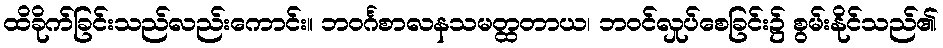
ထိခိုက်ခြင်းသည်လည်းကောင်း။ ဘဝင်္ဂစာလနသမတ္ထတာယ၊ ဘဝင်လှုပ်စေခြင်း၌ စွမ်းနိုင်သည်၏